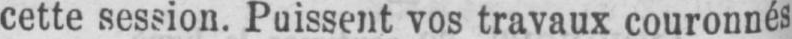
cette session. Puissent vos travaux couronnés